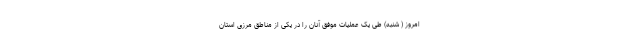
امروز ( شنبه) طی یک عملیات موفق آنان را در یکی از مناطق مرزی استان